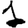
Digit: 1